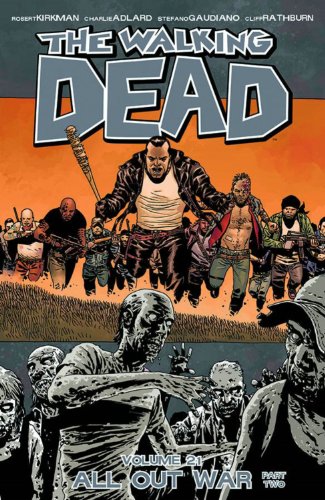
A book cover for The Walking Dead Volume 21: All Out War Part 2; Robert Kirkman; Comics & Graphic Novels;